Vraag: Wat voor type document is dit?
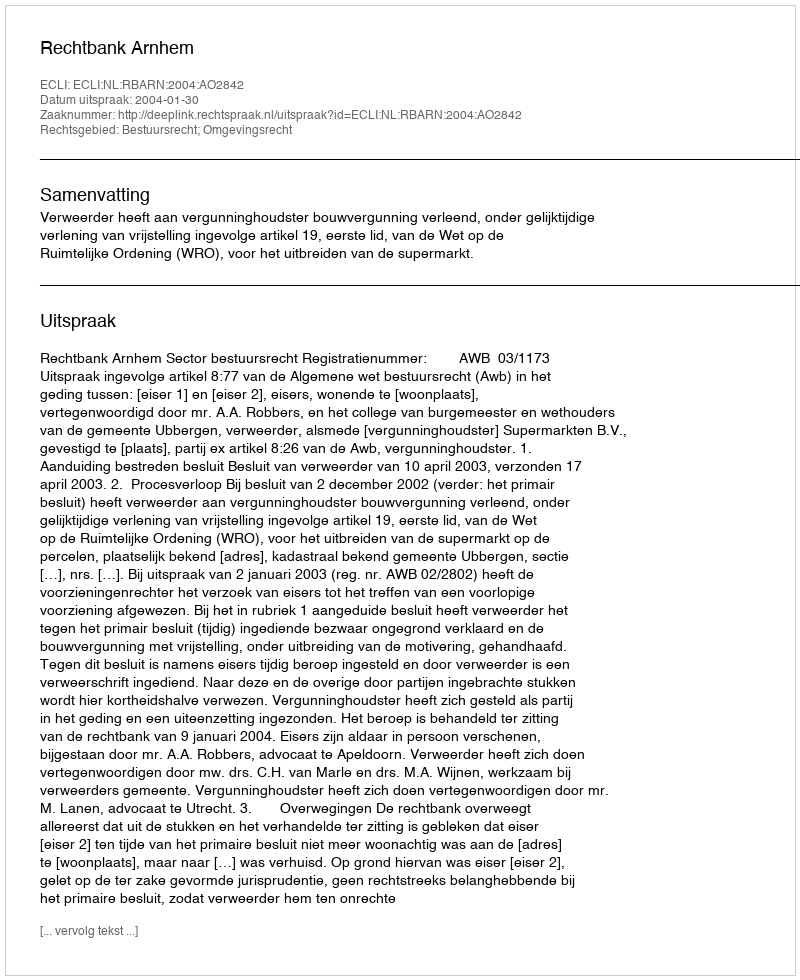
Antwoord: Uitspraak